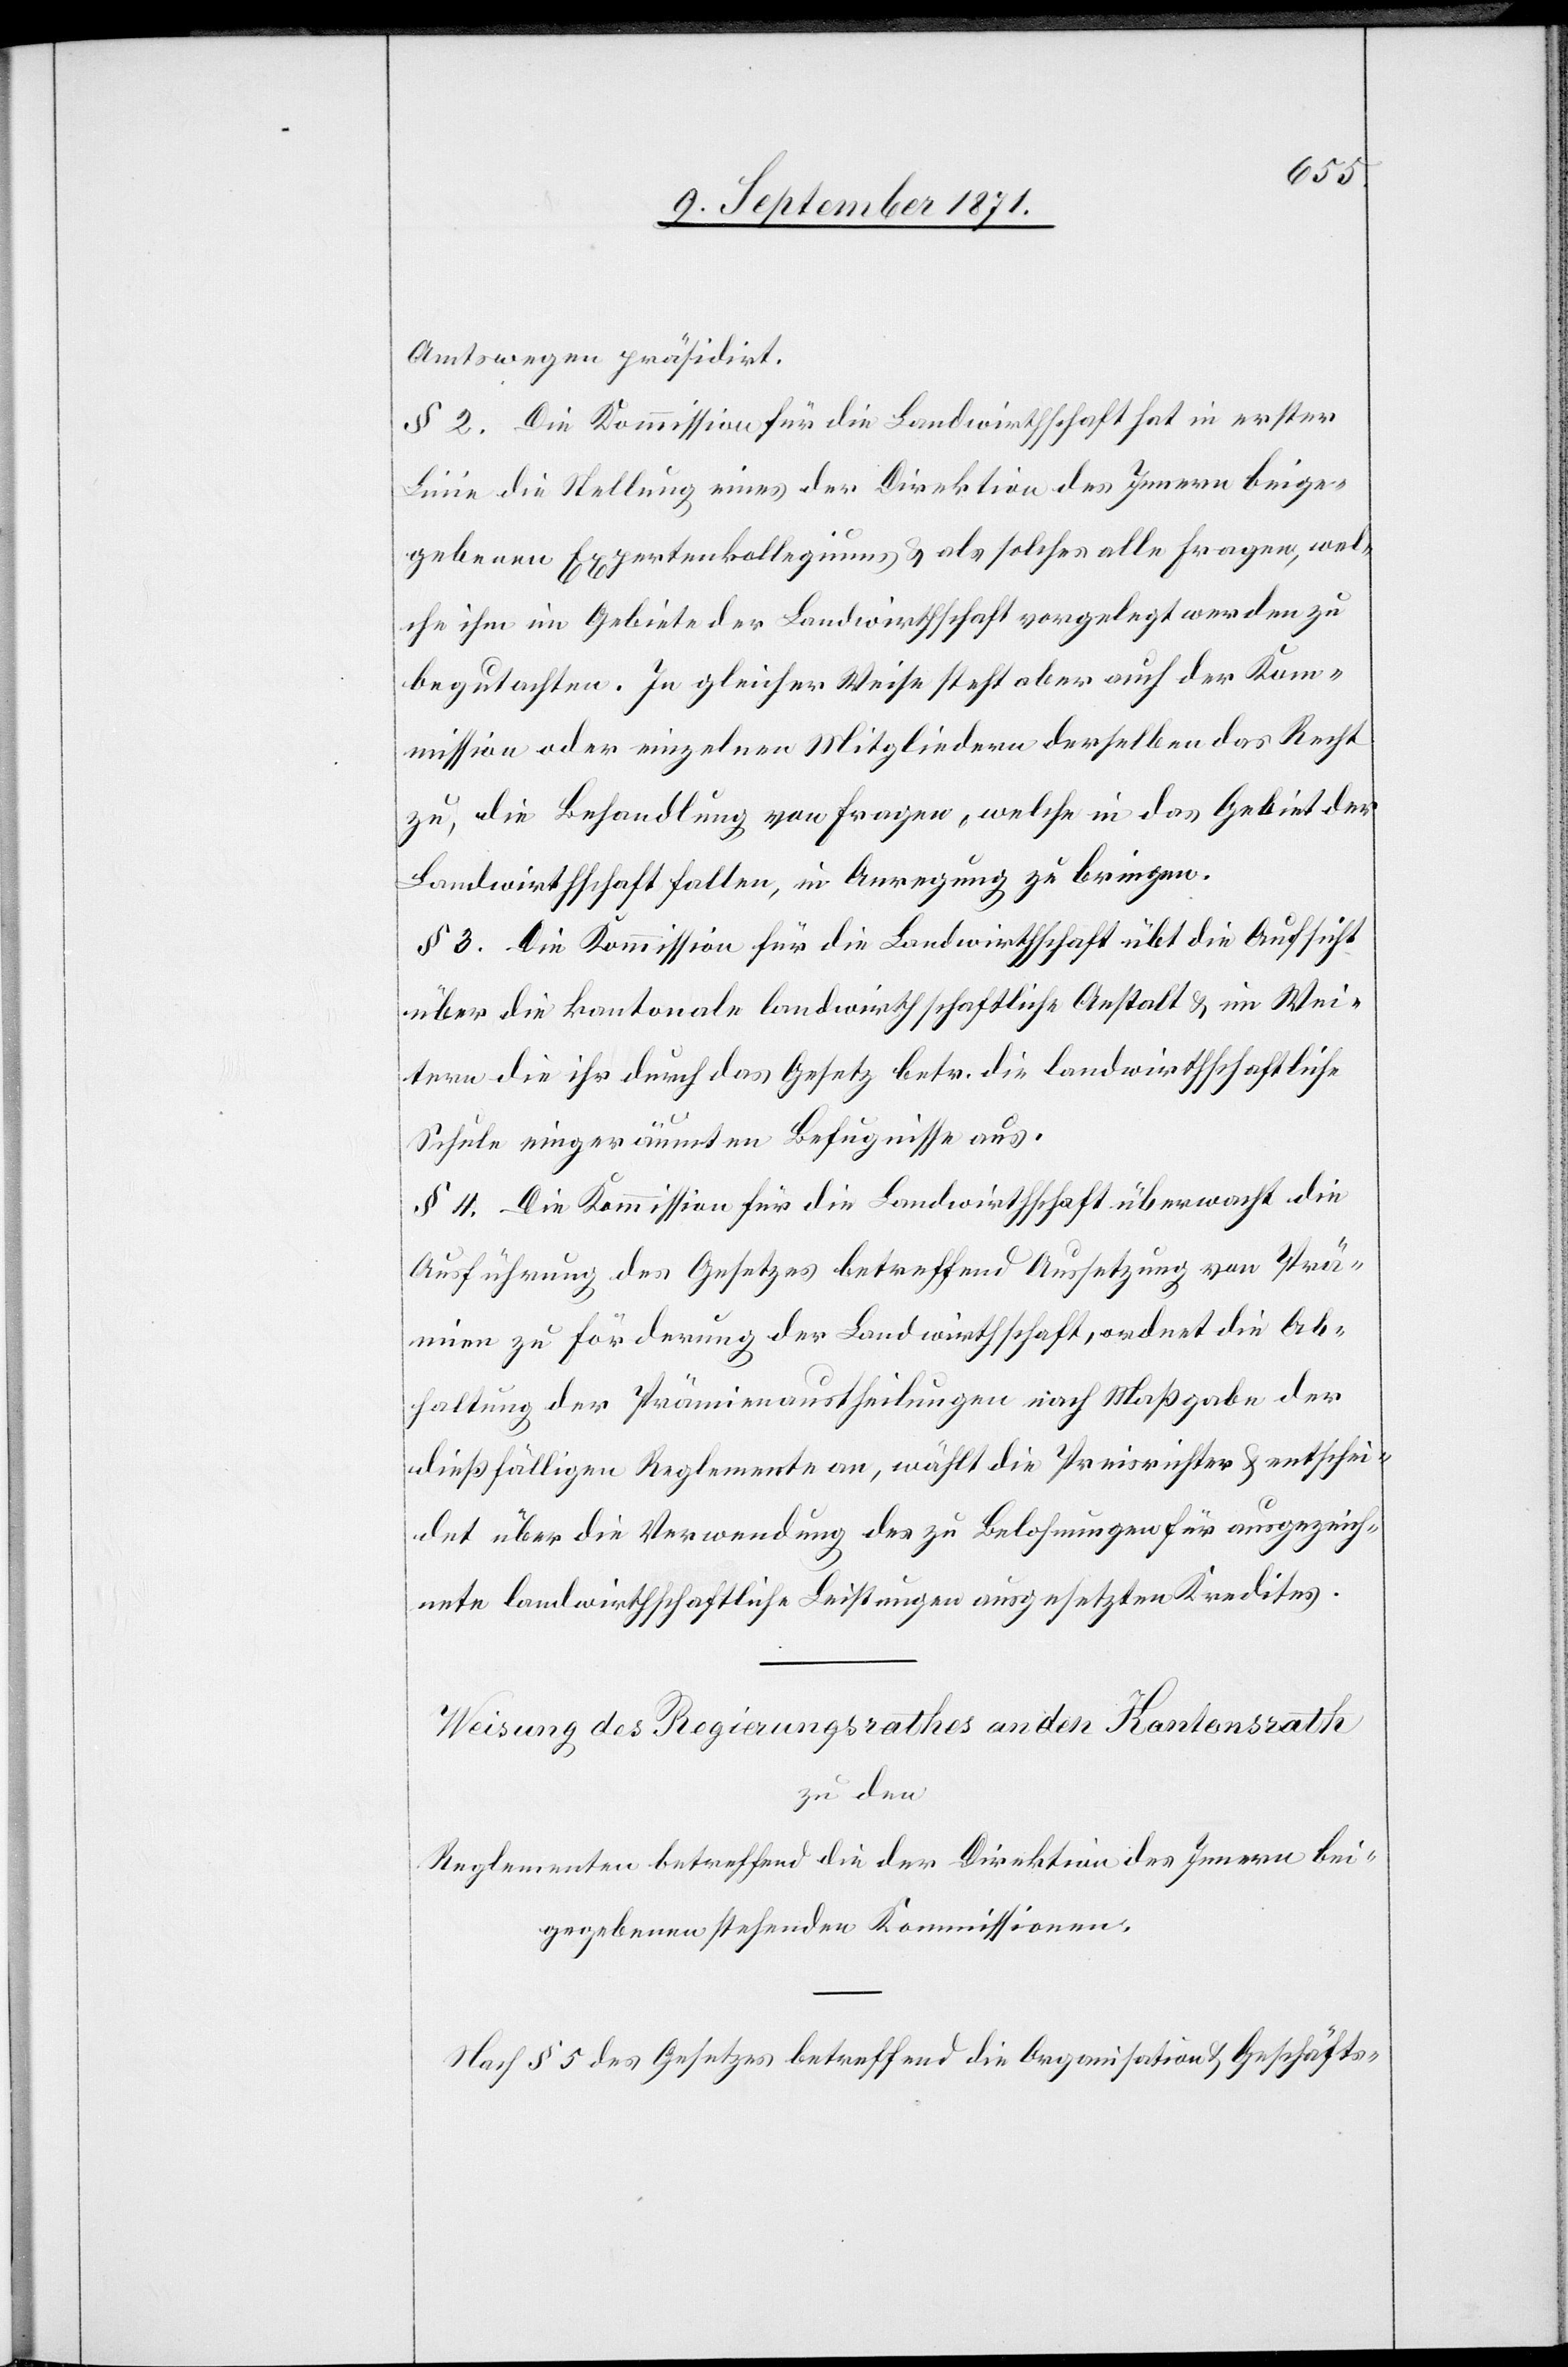
Amtswegen präsidirt.
§ 2. Die Kommission für die Landwirtschaft hat in erster
Linie die Stellung eines der Direktion des Innern beige¬
gebenen Expertenkollegiums & als solches alle Fragen, wel¬
che ihm im Gebiete der Landwirtschaft vorgelegt werden zu
begutachten. In gleicher Weise steht aber auch der Kom¬
mission oder einzelnen Mitgliedern derselben das Recht
zu, die Behandlung von Fragen, welche in das Gebiet der
Landwirtschaft fallen, in Anregung zu bringen.
§ 3. Die Kommission für die Landwirtschaft übt die Aufsicht
über die kantonale landwirtschaftliche Anstalt & im Wei¬
tern die ihr durch das Gesetz betr. die landwirtschaftliche
Schule eingeräumten Befugnisse aus.
§ 4. Die Kommission für die Landwirtschaft überwacht die
Ausführung des Gesetzes betreffend Aussetzung von Prä¬
mien zu Förderung der Landwirtschaft, ordnet die Ab¬
haltung der Prämienauftheilungen nach Maßgabe der
dießfälligen Reglemente an, wählt die Preisrichter & entschei¬
det über die Verwendung des zu Belohnungen für ausgezeich¬
nete landwirtschaftliche Leistungen ausgesetzten Kredites.
Weisung des Regierungsrathes an den Kantonsrath
zu den
Reglementen betreffend die der Direktion des Innern bei¬
gegebenen stehenden Kommissionen.
Nach § 5 des Gesetzes betreffend die Organisation & Geschäfts-